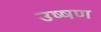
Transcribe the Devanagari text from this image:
उष्षण